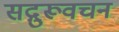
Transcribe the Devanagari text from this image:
सद्गुरूवचन